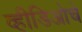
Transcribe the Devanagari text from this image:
व्हीडिओचे